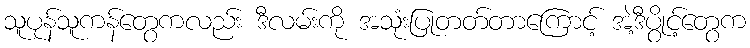
သူပုန်သူကန်တွေကလည်း ဒီလမ်းကို အသုံးပြုတတ်တာကြောင့် အဲ့ဒီပွိုင့်တွေက